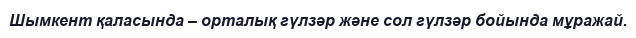
Шымкент қаласында – орталық гүлзәр және сол гүлзәр бойында мұражай.